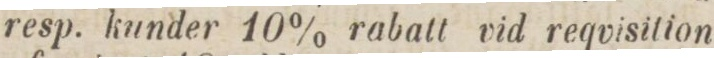
resp. kunder 10% rabatt vid reqvisition